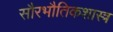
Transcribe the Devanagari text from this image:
सौरभौतिकशास्त्र